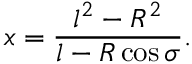
x = \frac { l ^ { 2 } - R ^ { 2 } } { l - R \cos \sigma } .